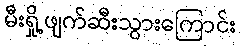
မီးရှို့ဖျက်ဆီးသွားကြောင်း